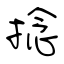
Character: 捻